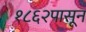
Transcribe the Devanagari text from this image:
१८६२पासून